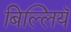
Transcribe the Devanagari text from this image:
बिल्लियँ